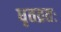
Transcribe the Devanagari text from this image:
धृतव्रतः